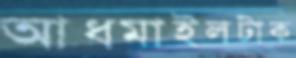
আধমাইলটাক